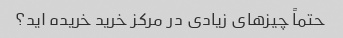
حتماً چیزهای زیادی در مرکز خرید خریده اید؟